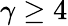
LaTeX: \gamma\ge 4